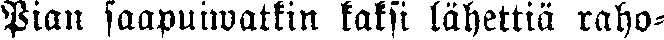
Pian saapuiwatkin kaksi lähettiä raho-